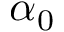
\alpha _ { 0 }